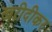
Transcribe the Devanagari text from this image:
खरीदीकर